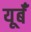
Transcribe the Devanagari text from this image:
यूर्बँ